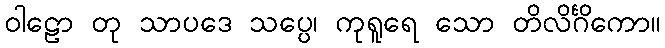
ဝါဠော တု သာပဒေ သပ္ပေ၊ ကုရူရေ သော တိလိင်္ဂိကော။